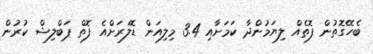
ބެހޭގޮތުން ފޮތެއް ލިޔަމުންދާ ކަމަށާއި 3.4 މިލިއަން ޑޮލަރަށްއެ ފޮތް ޕަބްލިޝް ކުރުން